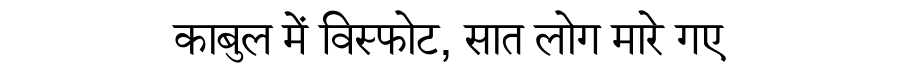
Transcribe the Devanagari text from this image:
काबुल में विस्फोट, सात लोग मारे गए